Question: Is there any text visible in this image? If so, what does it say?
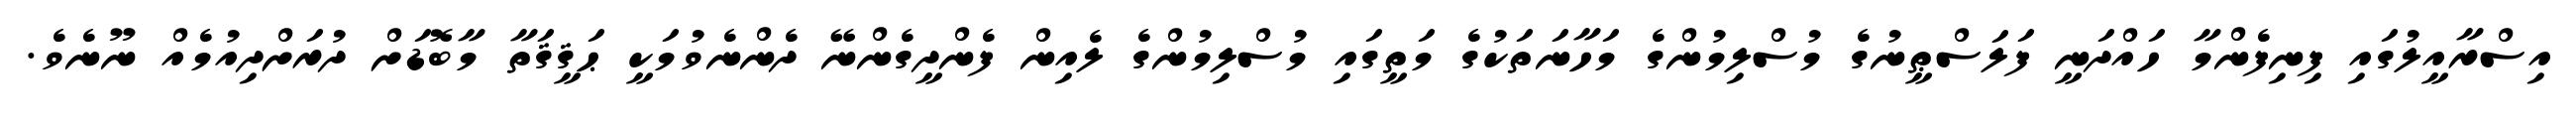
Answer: އިސްރާއީލުގައި ފިނިފެންމާ ހައްދަނީ ފަލަސްޠީނުގެ މުސްލިމުންގެ މަހާނަތަކުގެ މަތީގައި މުސްލިމުންގެ ލެއިން ފެންދީގެންނޭ ދެންނެވުމަކީ ޙަޤީޤަތާ މާބޮޑަށް ދުރަށްދިއުމެއް ނޫނެވެ.